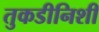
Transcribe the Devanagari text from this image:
तुकडीनिशी